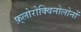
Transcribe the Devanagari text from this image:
फ़्लोरोक्विनोलोनों